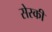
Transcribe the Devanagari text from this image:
सेस्की